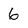
Character: 6